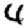
Digit: 4